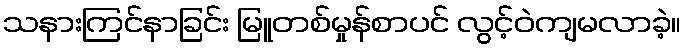
သနားကြင်နာခြင်း မြူတစ်မှုန်စာပင် လွင့်ဝဲကျမလာခဲ့။